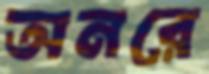
অনরে